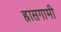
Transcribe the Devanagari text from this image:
ह्रासगामी